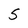
Character: 5